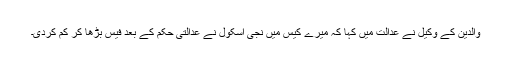
والدین کے وکیل نے عدالت میں کہا کہ میرے کیس میں نجی اسکول نے عدالتی حکم کے بعد فیس بڑھا کر کم کردی۔